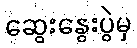
ဆွေးနွေးပွဲမှ